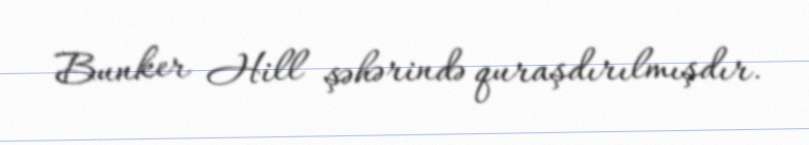
Bunker Hill şəhərində quraşdırılmışdır.